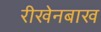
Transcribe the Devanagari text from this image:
रीखेनबाख